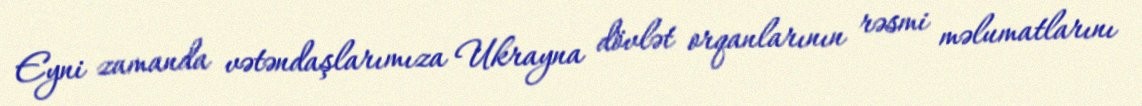
Eyni zamanda vətəndaşlarımıza Ukrayna dövlət orqanlarının rəsmi məlumatlarını